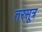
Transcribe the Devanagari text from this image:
तरसूत्र